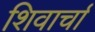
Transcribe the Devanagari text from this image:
शिवार्चा